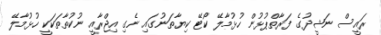
ރައީސް ނަޝީދުގެ ފަރާތްޕުޅުން ހުޅުމާލޭ ކޯޓޭ ކިޔާތަނުގައި ނެގި އިޖްރާއީ ނުކުތާތަކަކީ ހުޅުމާލޭ